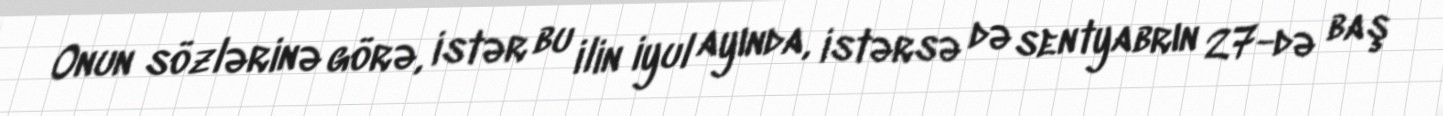
Onun sözlərinə görə, istər bu ilin iyul ayında, istərsə də sentyabrın 27-də baş